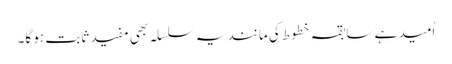
اُمید ہے سابقہ خطوط کی مانند یہ سلسلہ بھی مفید ثابت ہو گا۔